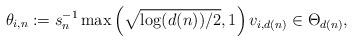
LaTeX: \begin{align*}\theta_{i,n} := s_n^{-1} \max\left(\sqrt{\log(d(n))/2}, 1\right) v_{i,d(n)} \in \Theta_{d(n)},\end{align*}